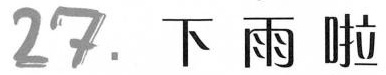
27.下雨啦